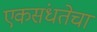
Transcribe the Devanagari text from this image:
एकसंधतेचा